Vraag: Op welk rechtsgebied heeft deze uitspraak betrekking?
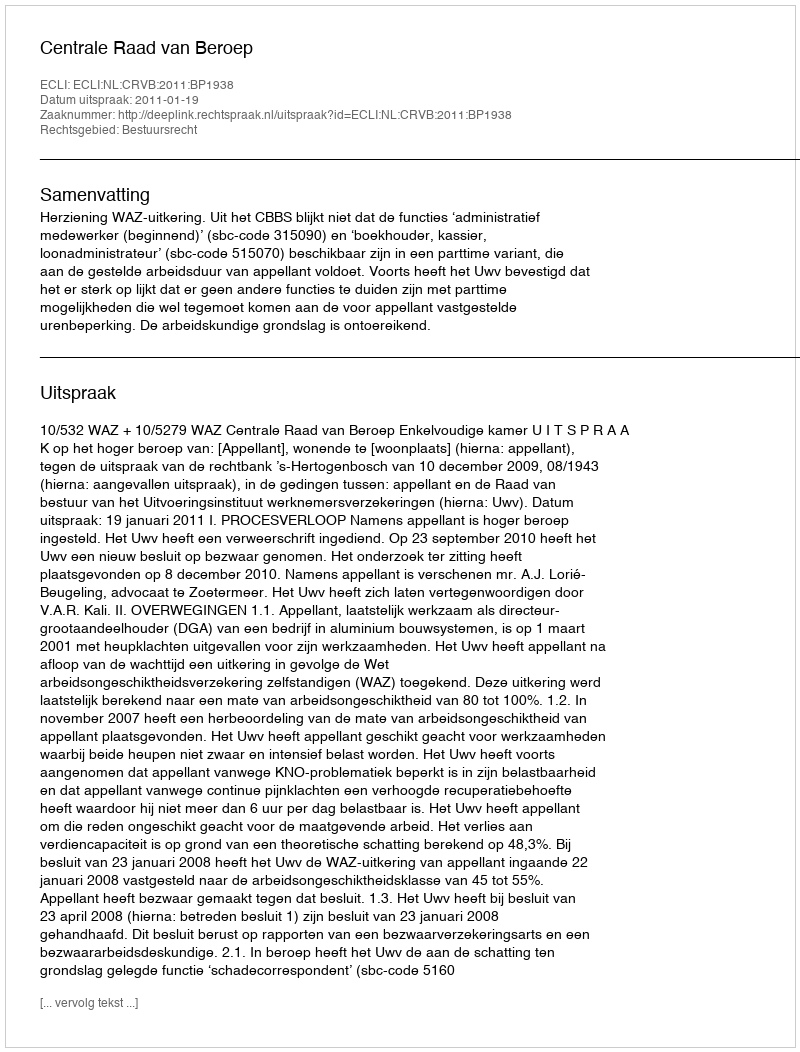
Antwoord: Bestuursrecht